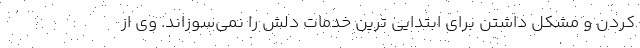
کردن و مشکل داشتن برای ابتدایی ترین خدمات دلش را نمی‌سوزاند. وی از